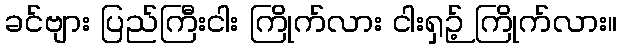
ခင်ဗျား ပြည်ကြီးငါး ကြိုက်လား ငါးရှဉ့် ကြိုက်လား။